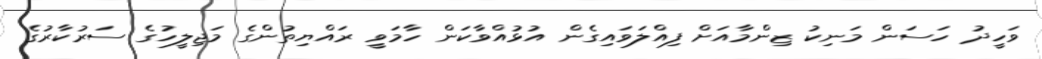
ވަހީދު ހަސަން މަނިކު ޒިންމާއަށް ފިއްލަވައިގެން އުޅުއްވާކަން ހާމަވީ ރައްޔިތުންގެ މަޖިލީހުގެ ސަރުކާރުގެ